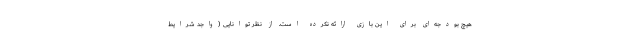
هیچ بودجه‌ای برای این بازی ارائه نکرده است. از نظر توانایی (واجد شرایط